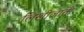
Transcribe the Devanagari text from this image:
लिखीजाती